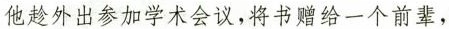
他趁外出参加学术会议，将书赠给一个前辈，